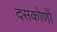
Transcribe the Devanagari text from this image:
दसकोणों